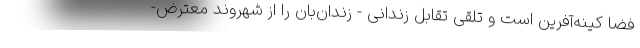
فضا کینه‌آفرین است و تلقی تقابل زندانی - زندان‌بان را از شهروند معترض-